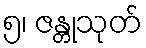
၅၊ ဇန္တုသုတ်